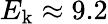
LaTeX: E_{\mathrm{k}}\approx 9.2